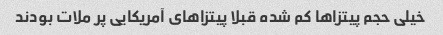
خیلی حجم پیتزاها کم شده قبلا پیتزاهای آمریکایی پر ملات بودند